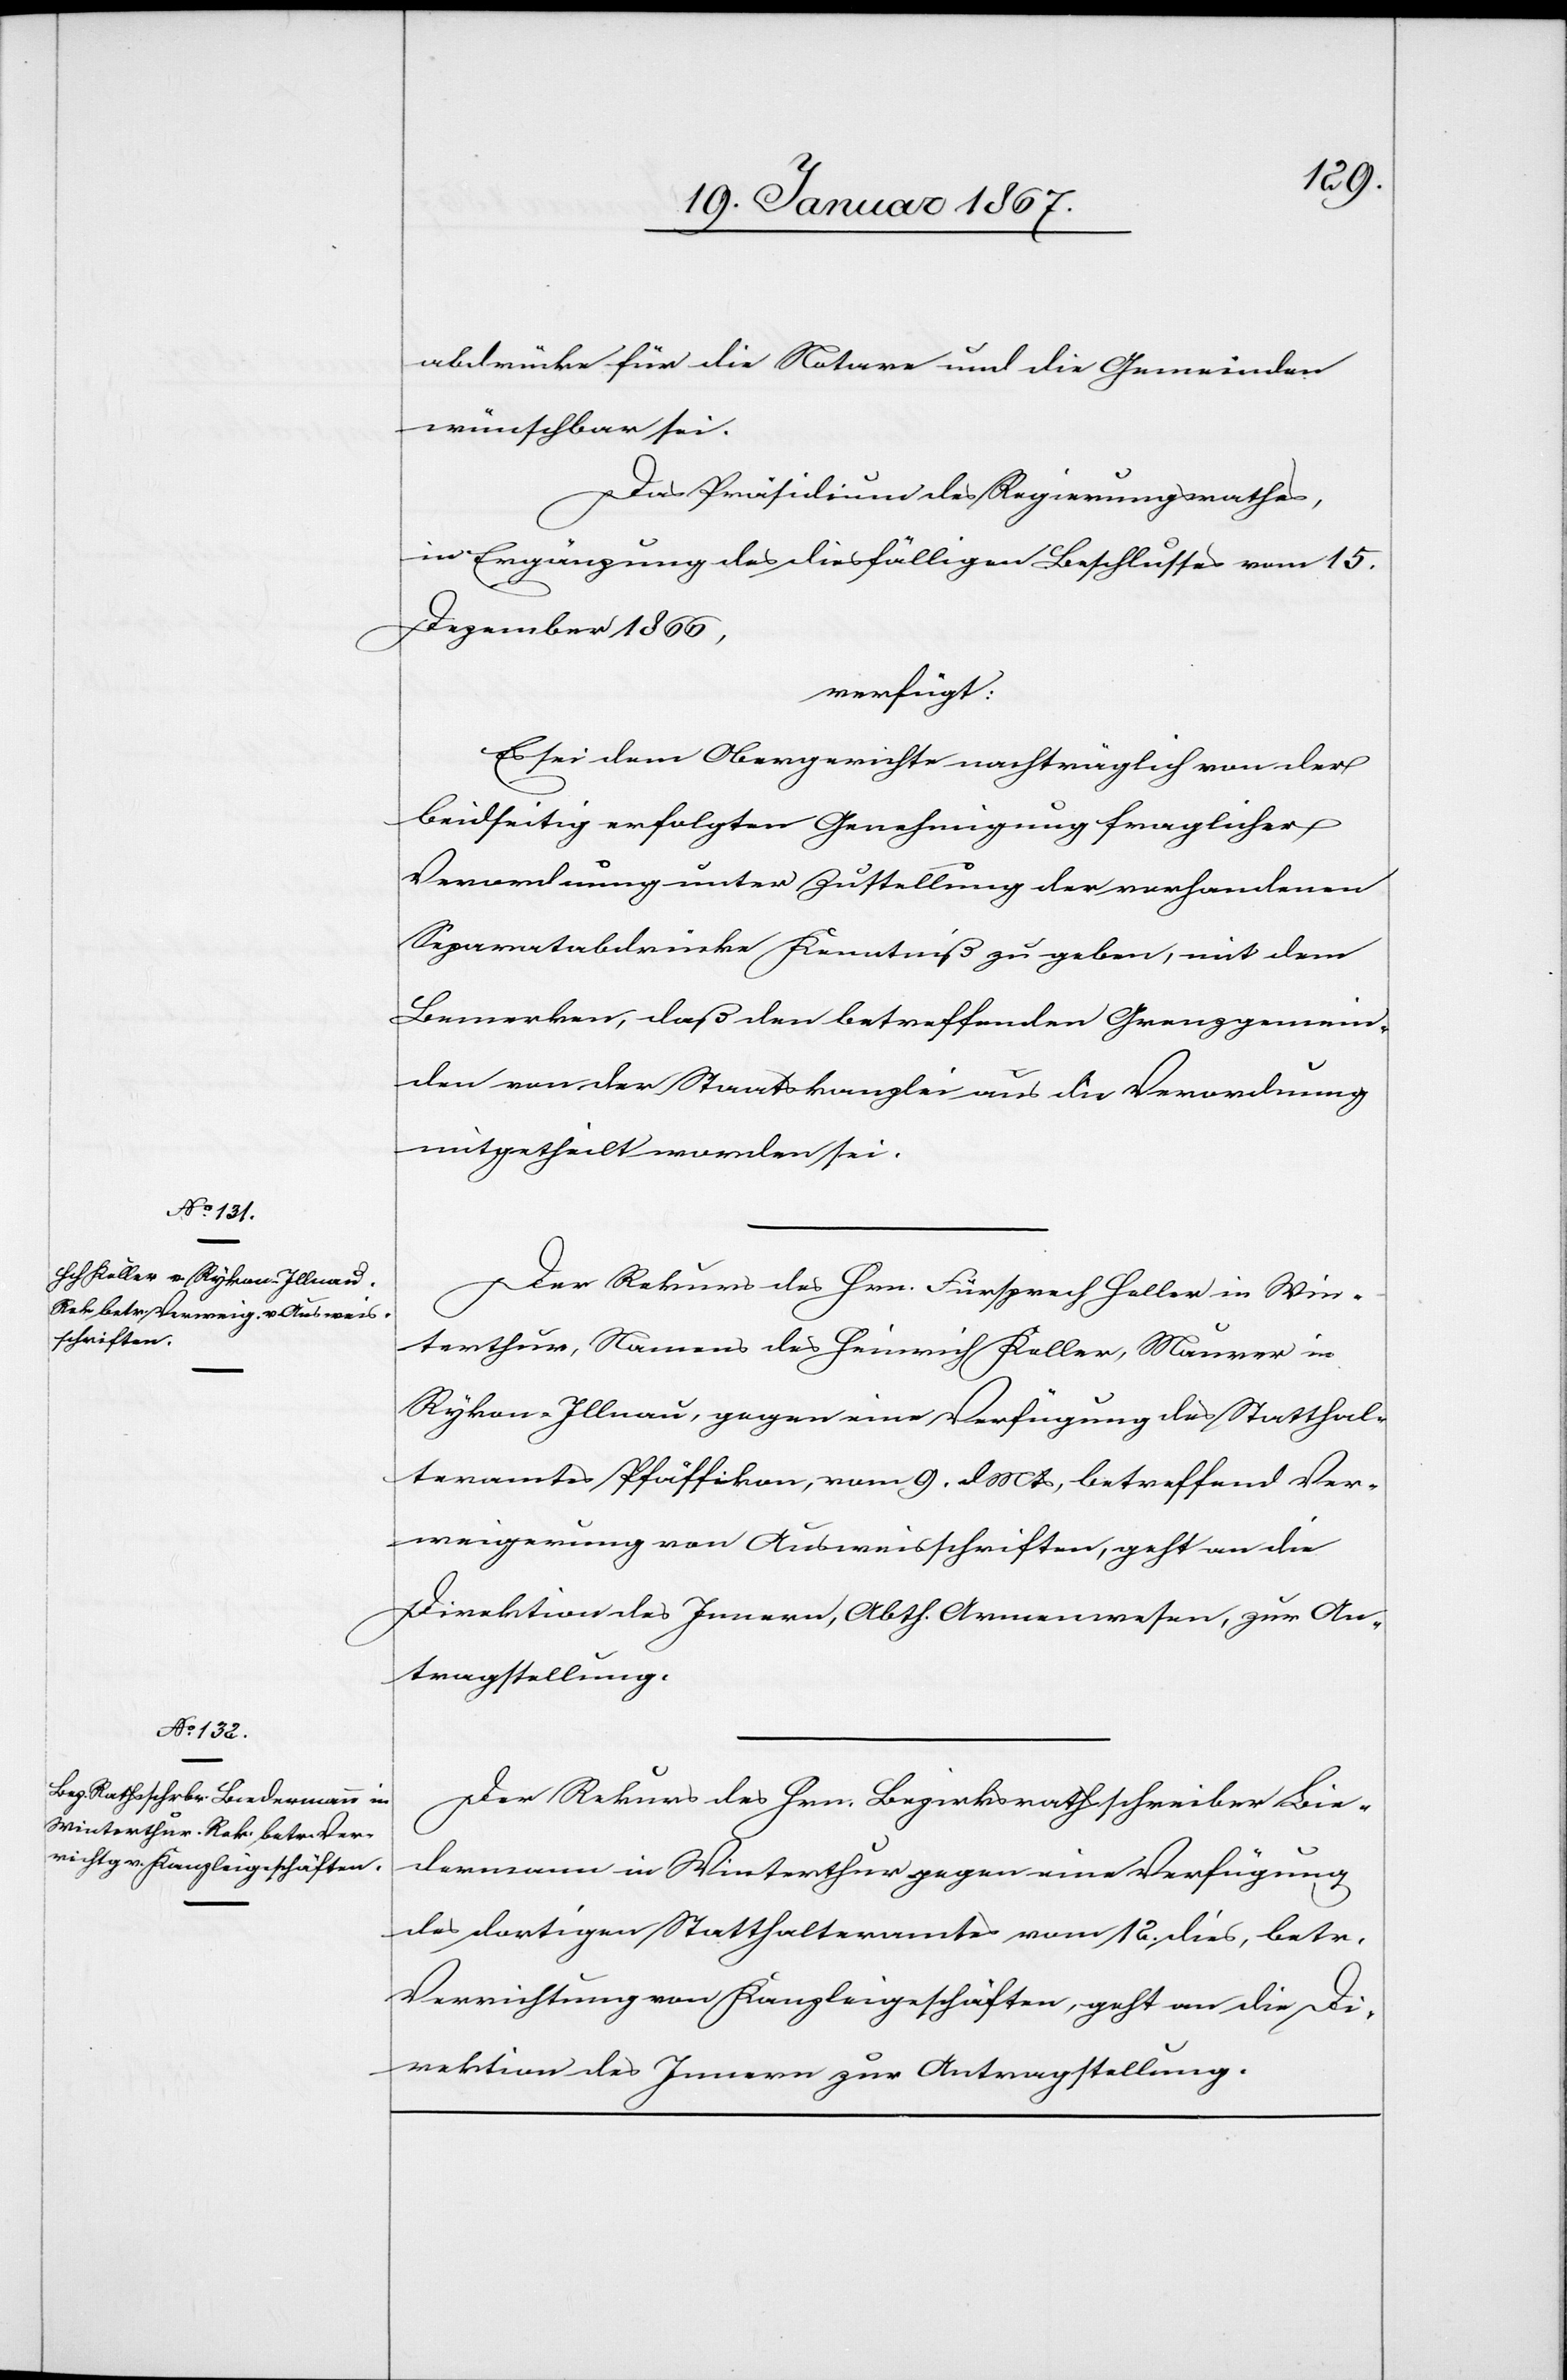
21. Januar 1867.]
abdrücke für die Notare und die Gemeinden
wünschbar sei.
Das Präsidium des Regierungsrathes,
in Ergänzung des diesfälligen Beschlusses vom 15.
Dezember 1866,
verfügt:
Es sei dem Obergerichte nachträglich von der
beidseitig erfolgten Genehmigung fraglicher
Verordnung unter Zustellung der vorhandenen
Separatabdrücke Kenntniß zu geben, mit dem
Bemerken, daß den betreffenden Grenzgemein¬
den von der Staatskanzlei aus die Verordnung
mitgetheilt worden sei.
Der Rekurs des Hrn. Fürsprech Heller in Win¬
terthur, Namens des Heinrich Keller, Maurer in
Rykon - Illnau, gegen eine Verfügung des Statthal¬
teramtes Pfäffikon, vom 9. d. Mts betreffend Ver¬
weigerung von Ausweisschriften, geht an die
Direktion des Innern, Abth. Armenwesen, zur An¬
tragstellung.
Der Rekurs des Hrn. Bezirksrathsschreiber Bie¬
dermann in Winterthur gegen eine Verfügung
des dortigen Statthalteramtes vom 12. dies, betr.
Verrichtung von Kanzleigeschäften, geht an die Di¬
rektion des Innern zur Antragstellung.